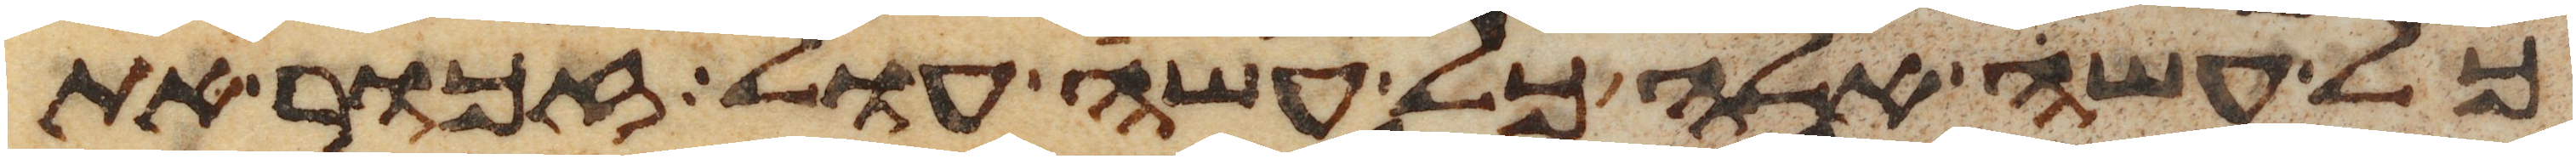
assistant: כל עשה אלה כל עשה עול זכור את